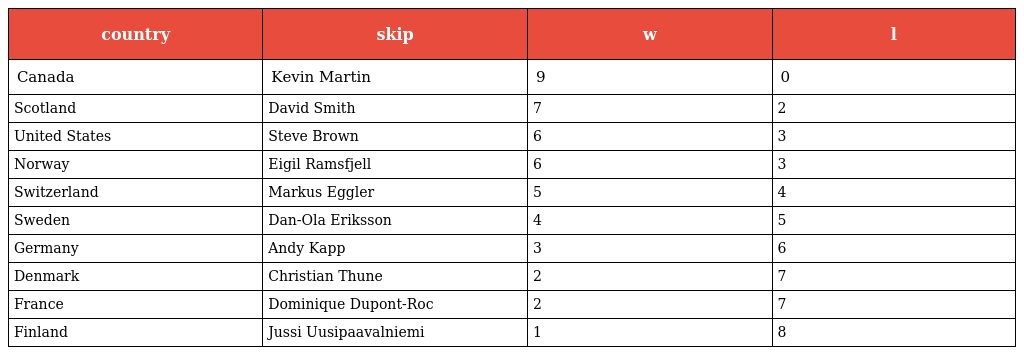
| country | skip | w | l |
 | --- | --- | --- | --- |
 | Canada | Kevin Martin | 9 | 0 |
 | Scotland | David Smith | 7 | 2 |
 | United States | Steve Brown | 6 | 3 |
 | Norway | Eigil Ramsfjell | 6 | 3 |
 | Switzerland | Markus Eggler | 5 | 4 |
 | Sweden | Dan-Ola Eriksson | 4 | 5 |
 | Germany | Andy Kapp | 3 | 6 |
 | Denmark | Christian Thune | 2 | 7 |
 | France | Dominique Dupont-Roc | 2 | 7 |
 | Finland | Jussi Uusipaavalniemi | 1 | 8 |